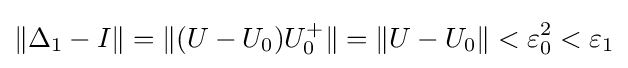
\|\Delta _{1}-I\|=\|(U-U_{0})U_{0}^{+}\|=\|U-U_{0}\|<\varepsilon _{0}^{2}<\varepsilon _{1}